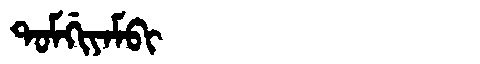
Manchu: ᡨᠣᠮᡤᡳᠶᠠᠮᠪᡳ
Romanization: TOMGIYAMBI